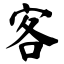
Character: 客